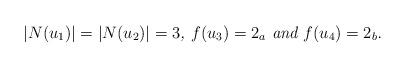
LaTeX: \begin{align*} \mbox{\em$|N(u_1)|=|N(u_2)|=3$, $f(u_3)=2_a$ and $f(u_4) = 2_b$.}\end{align*}